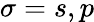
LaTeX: \sigma=s,p